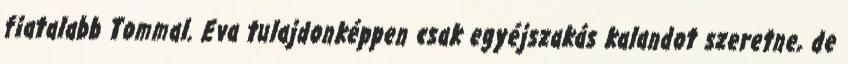
fiatalabb Tommal. Eva tulajdonképpen csak egyéjszakás kalandot szeretne, de